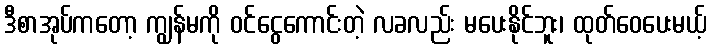
ဒီစာအုပ်ကတော့ ကျွန်မကို ဝင်ငွေကောင်းတဲ့ လခလည်း မပေးနိုင်ဘူး၊ ထုတ်ဝေပေးမယ့်